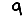
Digit: 9